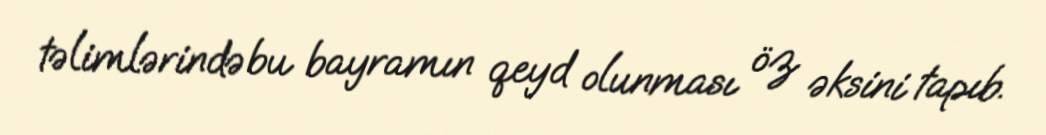
təlimlərində bu bayramın qeyd olunması öz əksini tapıb.